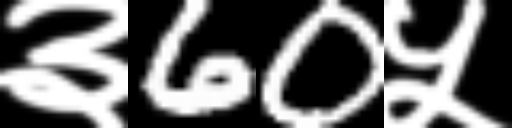
Text: ३60५